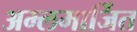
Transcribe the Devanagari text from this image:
अम्लमार्जित